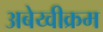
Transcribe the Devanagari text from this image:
अबेय्वीक्रम